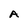
Character: A